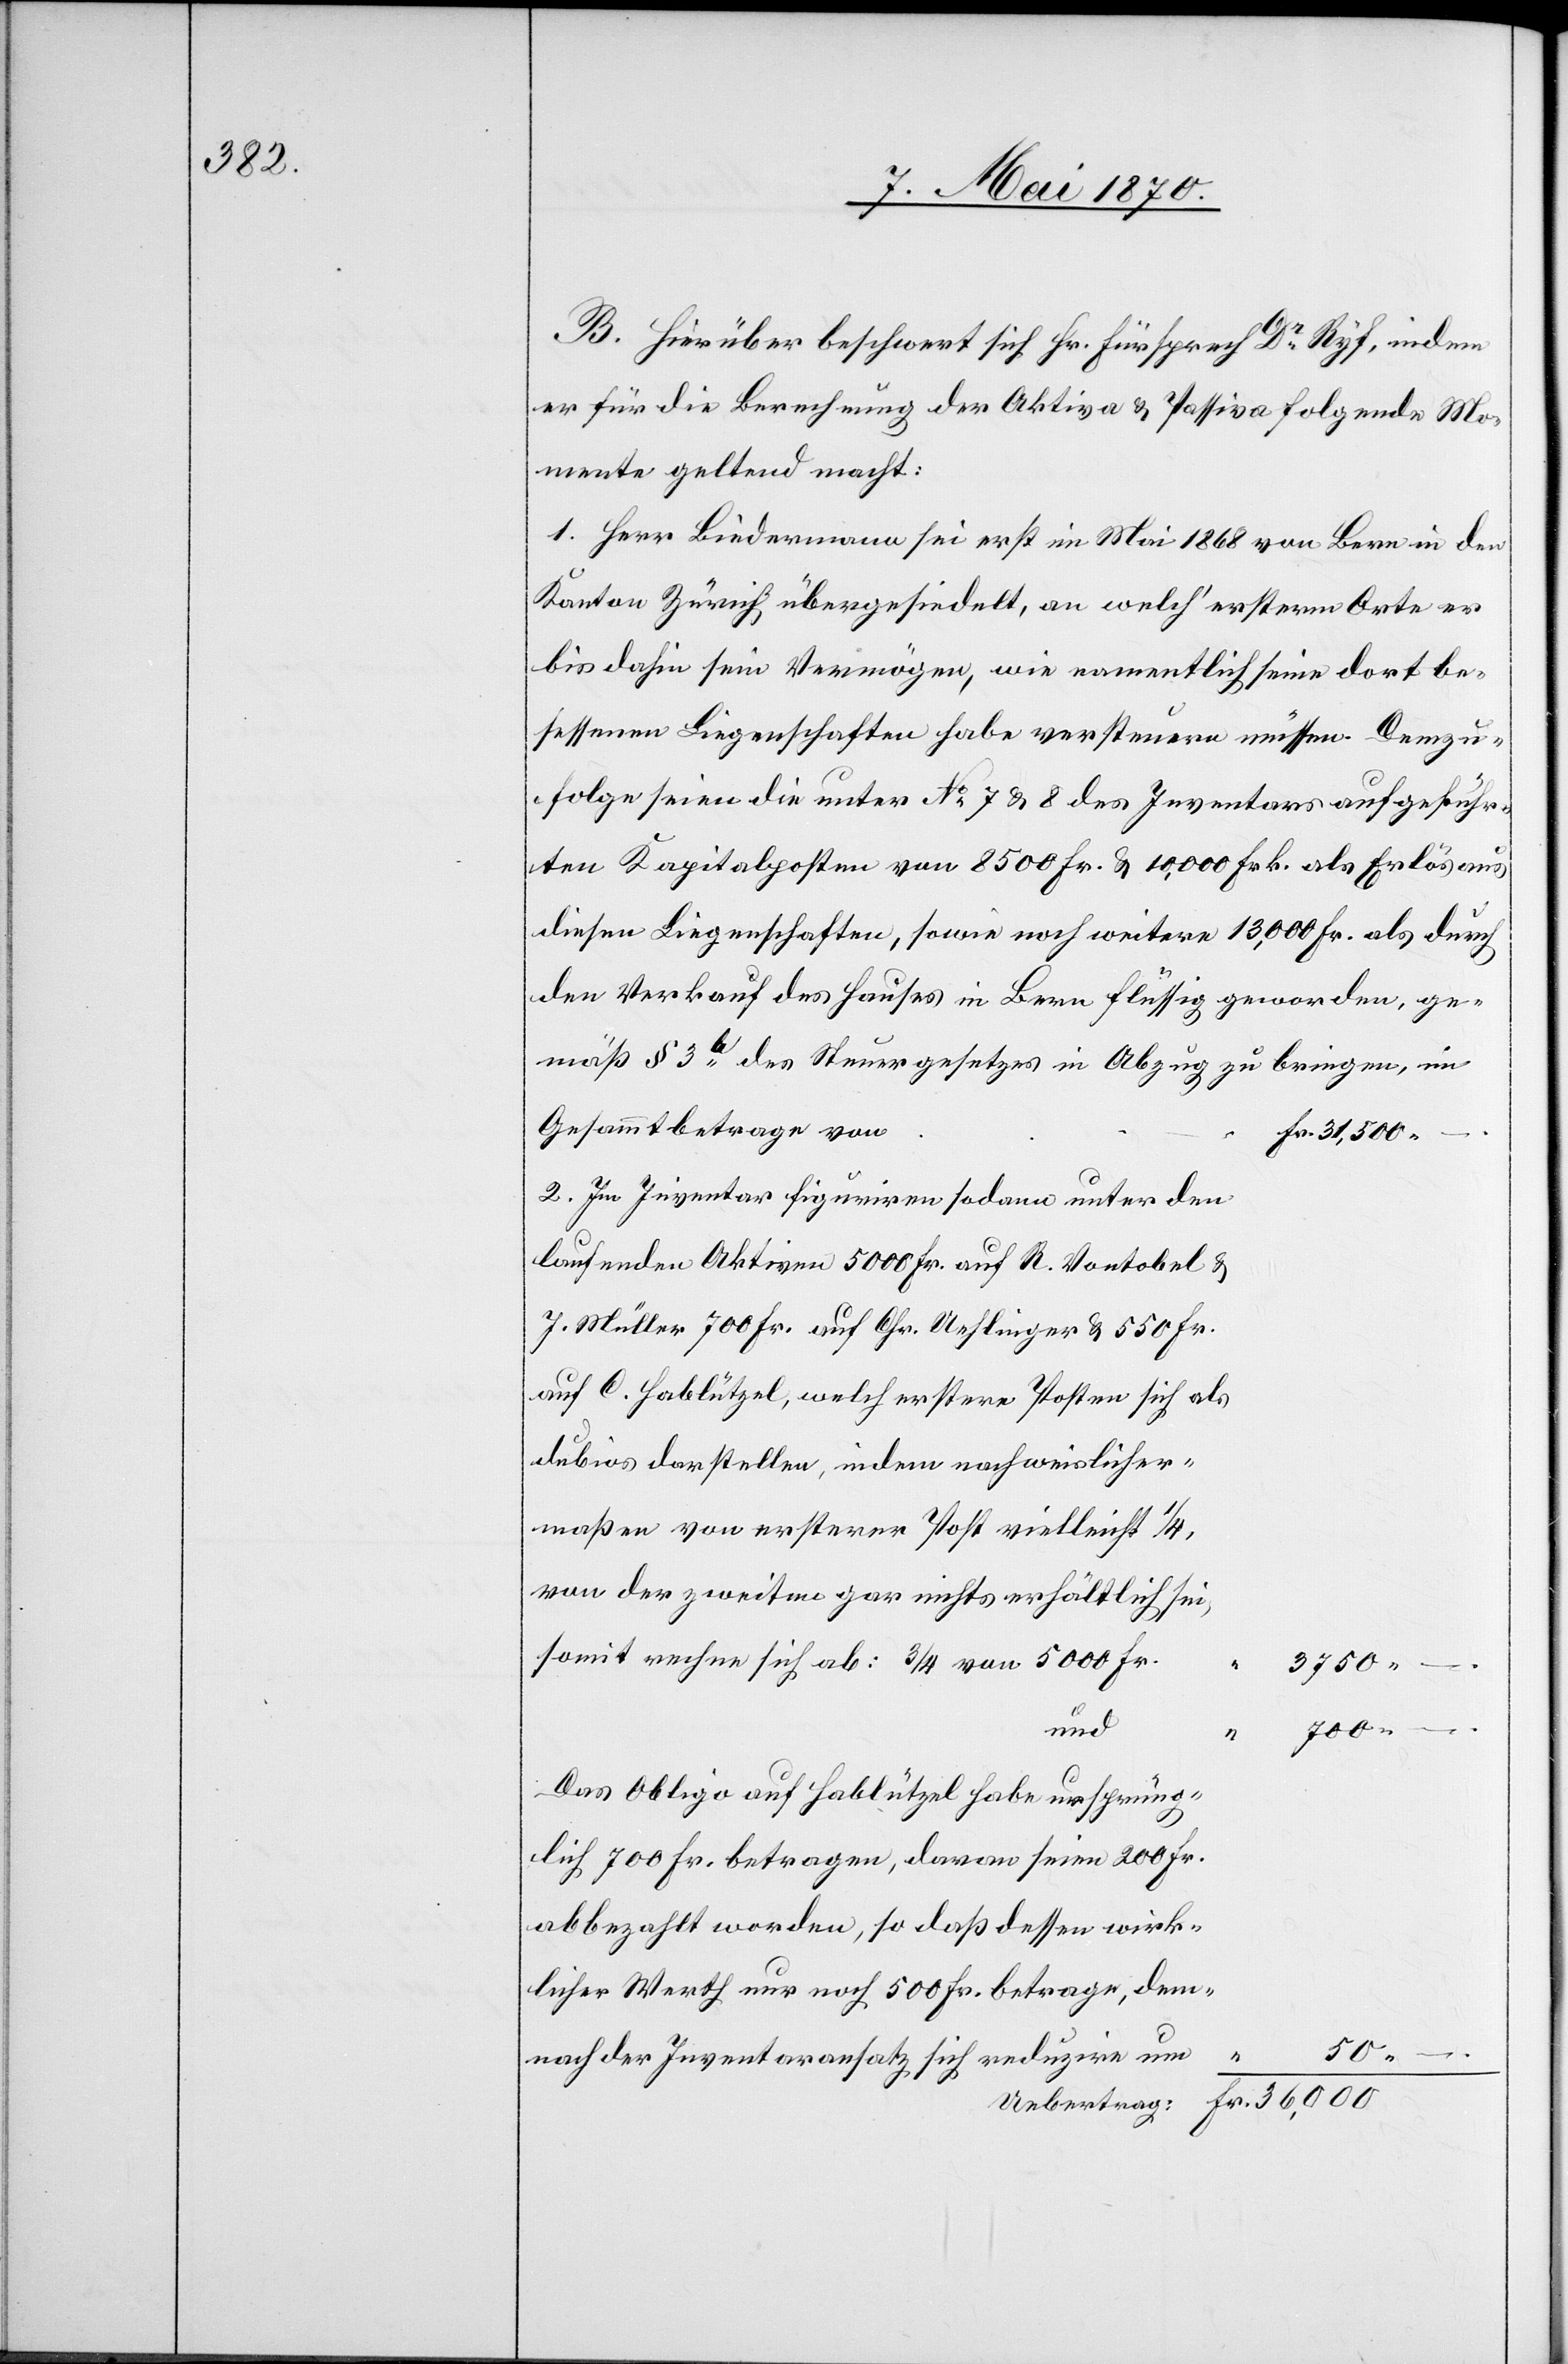
B. Hierüber beschwert sich Hr. Fürsprech Dr Ryf, indem
er für die Berechnung der Aktiva & Passiva folgende Mo¬
mente geltend macht:
1. Herr Biedermann sei erst im Mai 1868 von Bern in den
Kanton Zürich übergesiedelt, an welch‘ ersterm Orte er
bis dahin sein Vermögen, wie namentlich seine dort be¬
sessenen Liegenschaften habe versteuern müssen. Demzu¬
folge seien die unter No 7 & 8 des Inventars aufgeführ¬
ten Kapitalposten von 8500 Fr. & 40,000 Frk. als Erlös aus
diesen Liegenschaften, sowie noch weitere 13,000 Fr. als durch
den Verkauf des Hauses in Bern flüssig geworden, ge¬
mäß § 3b des Steuergesetzes in Abzug zu bringen,
Gesammtbetrage von
2. Im Inventar figuriren sodann unter den
laufenden Aktiven 5000 Fr. auf R. Vontobel &
J. Müller[,] 700 Fr. auf Chr. Uehlinger & 550 Fr.
auf C. Hablützel, welch erstere Posten sich als
dubios darstellen, indem nachweislicher¬
maßen von ersterer Post vielleicht 1/4,
von der zweiten gar nichts erhältlich sei,
somit rechne sich ab: 3/4 von 5000 Fr.
3750. –
und
700.
–
Das Obligo auf Hablützel habe ursprüng¬
lich 700 Fr. betragen, davon seien 200 Fr.
abbezahlt worden, so daß dessen wirk¬
licher Werth nur noch 500 Fr. betrage, dem¬
“
50.
nach der Inventaransatz sich reduzire um